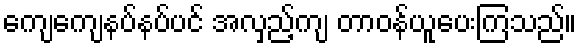
ကျေကျေနပ်နပ်ပင် အလှည့်ကျ တာဝန်ယူပေးကြသည်။